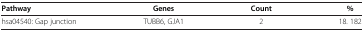
<table><thead><tr><td><b>Pathway</b></td><td><b>Genes</b></td><td><b>Count</b></td><td><b>%</b></td></tr></thead><tbody><tr><td>hsa04540: Gap junction</td><td>TUBB6, GJA1</td><td>2</td><td>18. 182</td></tr></tbody></table>